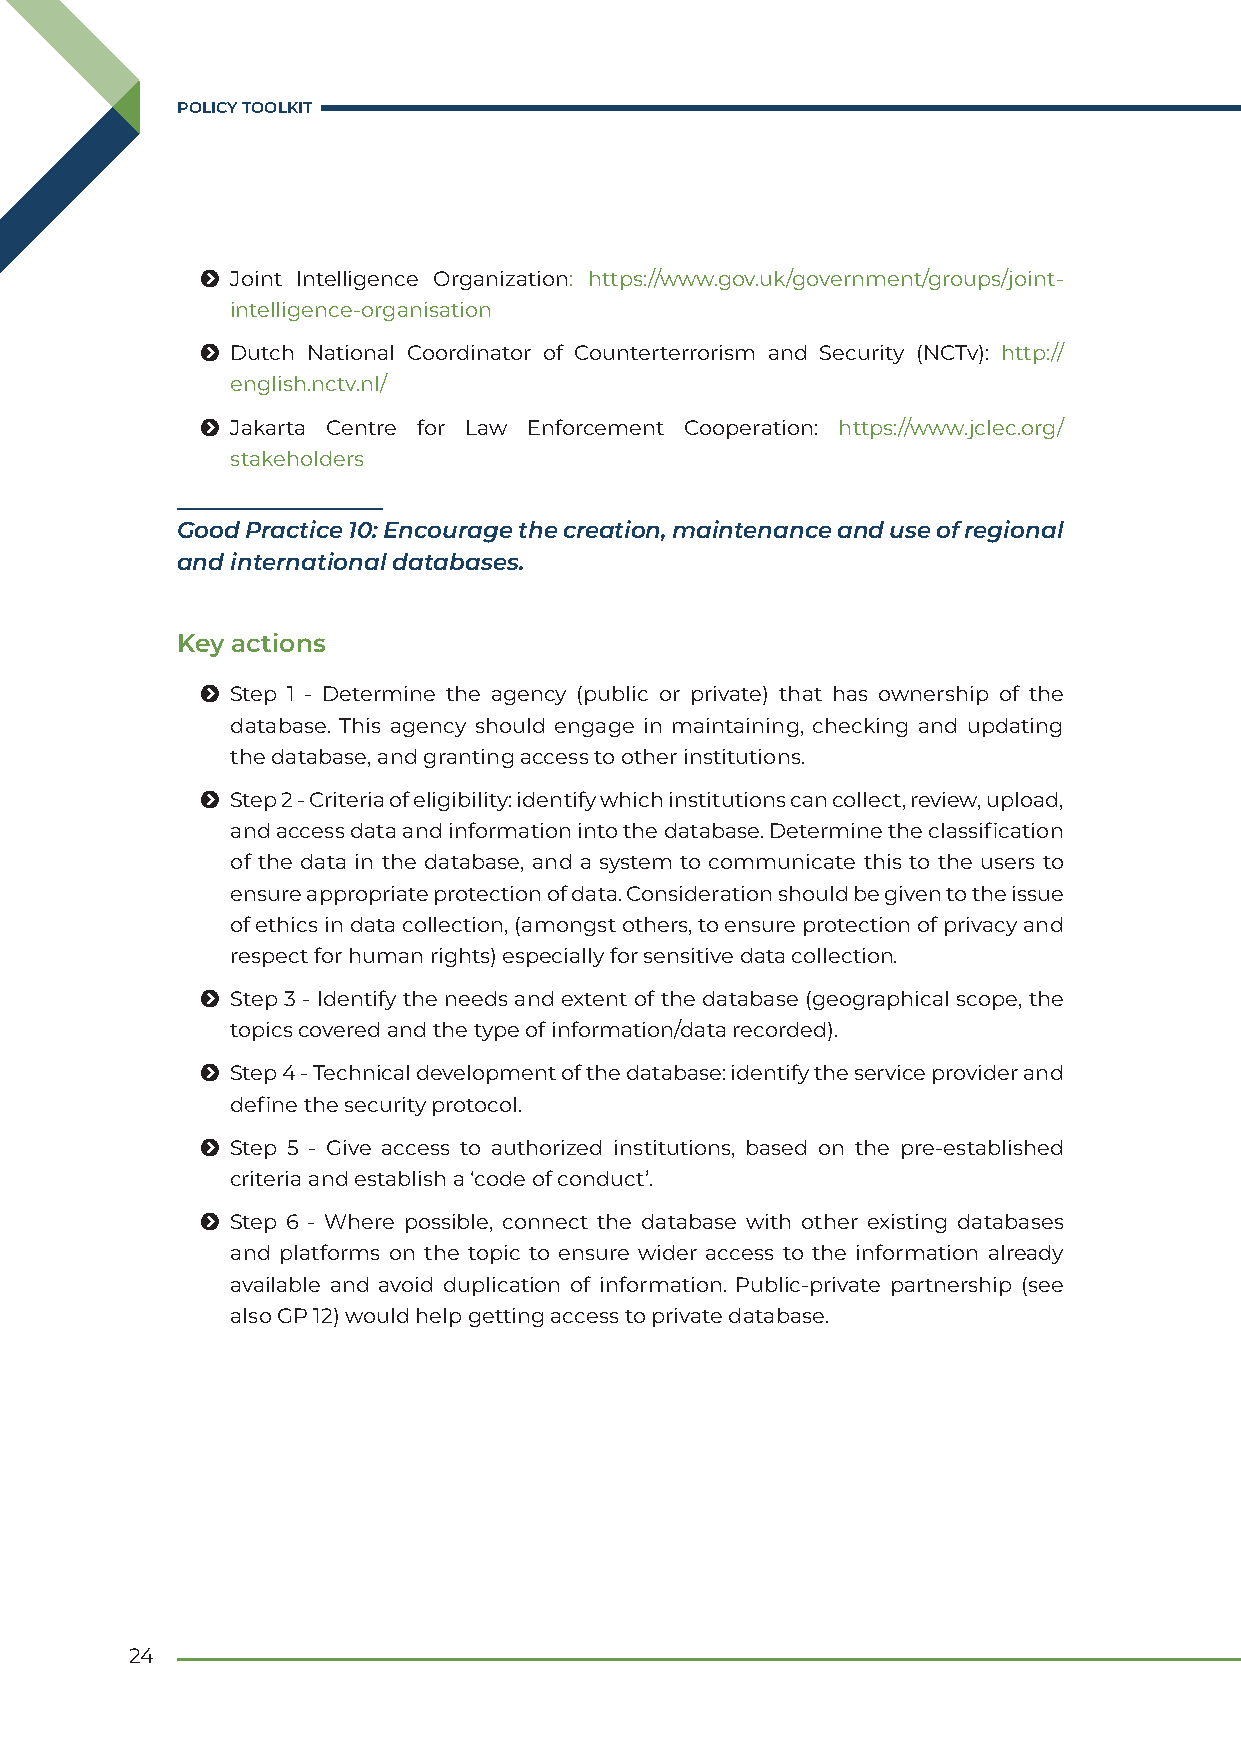
POLICY TOOLKIT
 Ħ Joint Intelligence Organization: https://www.gov.uk/government/groups/joint-
 intelligence-organisation
 Ħ Dutch National Coordinator of Counterterrorism and Security (NCTv): http://
 english.nctv.nl/
 Ħ Jakarta Centre for Law Enforcement Cooperation: https://www.jclec.org/
 stakeholders
 Good Practice 10: Encourage the creation, maintenance and use of regional
 and international databases.
 Key actions
 Ħ Step 1 - Determine the agency (public or private) that has ownership of the
 database. This agency should engage in maintaining, checking and updating
 the database, and granting access to other institutions.
 Ħ Step 2 - Criteria of eligibility: identify which institutions can collect, review, upload,
 and access data and information into the database. Determine the classification
 of the data in the database, and a system to communicate this to the users to
 ensure appropriate protection of data. Consideration should be given to the issue
 of ethics in data collection, (amongst others, to ensure protection of privacy and
 respect for human rights) especially for sensitive data collection.
 Ħ Step 3 - Identify the needs and extent of the database (geographical scope, the
 topics covered and the type of information/data recorded).
 Ħ Step 4 - Technical development of the database: identify the service provider and
 define the security protocol.
 Ħ Step 5 - Give access to authorized institutions, based on the pre-established
 criteria and establish a ‘code of conduct’.
 Ħ Step 6 - Where possible, connect the database with other existing databases
 and platforms on the topic to ensure wider access to the information already
 available and avoid duplication of information. Public-private partnership (see
 also GP 12) would help getting access to private database.
 24